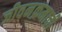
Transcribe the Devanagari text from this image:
जीवनक्रमाची